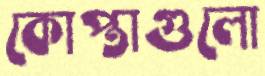
কোপ্তাগুলো